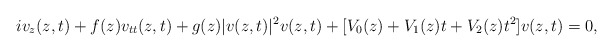
\begin{align*}iv_z(z,t) +f(z) v_{tt}(z,t) + g(z)|v(z,t)|^2v(z,t)+[V_0(z)+V_1(z)t+V_2(z)t^2]v(z,t)=0,\end{align*}